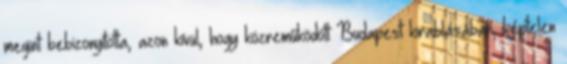
megint bebizonyította, azon kívül, hogy közreműködött Budapest kirablásában, képtelen